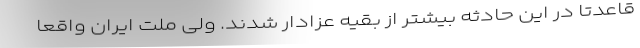
قاعدتا در این حادثه بیشتر از بقیه عزادار شدند. ولی ملت ایران واقعا